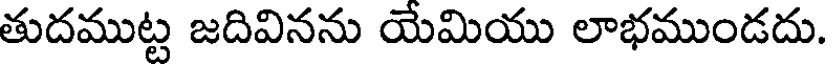
తుదముట్ట జదివినను యేమియు లాభముండదు.